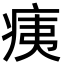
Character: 痍